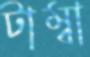
টাম্বা